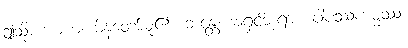
ဤသို့။ အာဟ၊ မိန့်တော်မူ၏။ ဘန္တေ၊ အရှင်ဘုရား။ ပါပဿကမ္မဿ၊